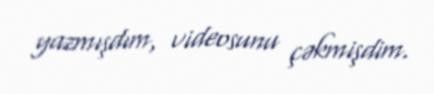
yazmışdım, videosunu çəkmişdim.